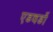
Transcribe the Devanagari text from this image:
एडवर्डो